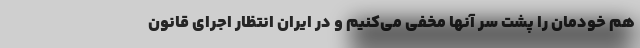
هم خودمان را پشت سر آنها مخفی می‌کنیم و در ایران انتظار اجرای قانون